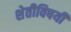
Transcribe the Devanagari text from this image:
शेतीविषयी